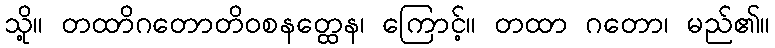
သို့။ တထာိဂတောတိဝစနတ္ထေန၊ ကြောင့်။ တထာ ဂတော၊ မည်၏။